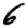
Digit: 6